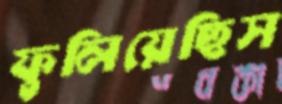
ফুলিয়েছিস